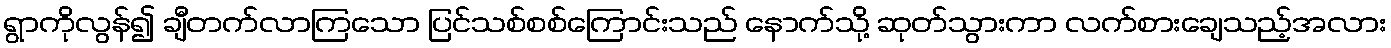
ရွာကိုလွန်၍ ချီတက်လာကြသော ပြင်သစ်စစ်ကြောင်းသည် နောက်သို့ ဆုတ်သွားကာ လက်စားချေသည့်အလား